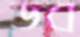
ডব